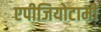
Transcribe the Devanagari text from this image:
एपीजियोटामी